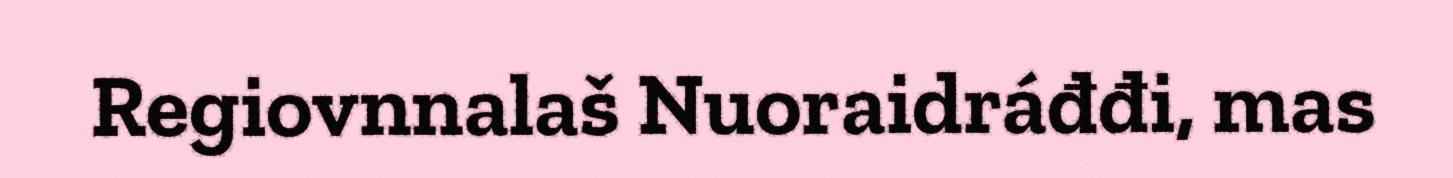
Regiovnnalaš Nuoraidráđđi, mas